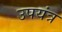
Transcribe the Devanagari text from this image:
उपयंत्र